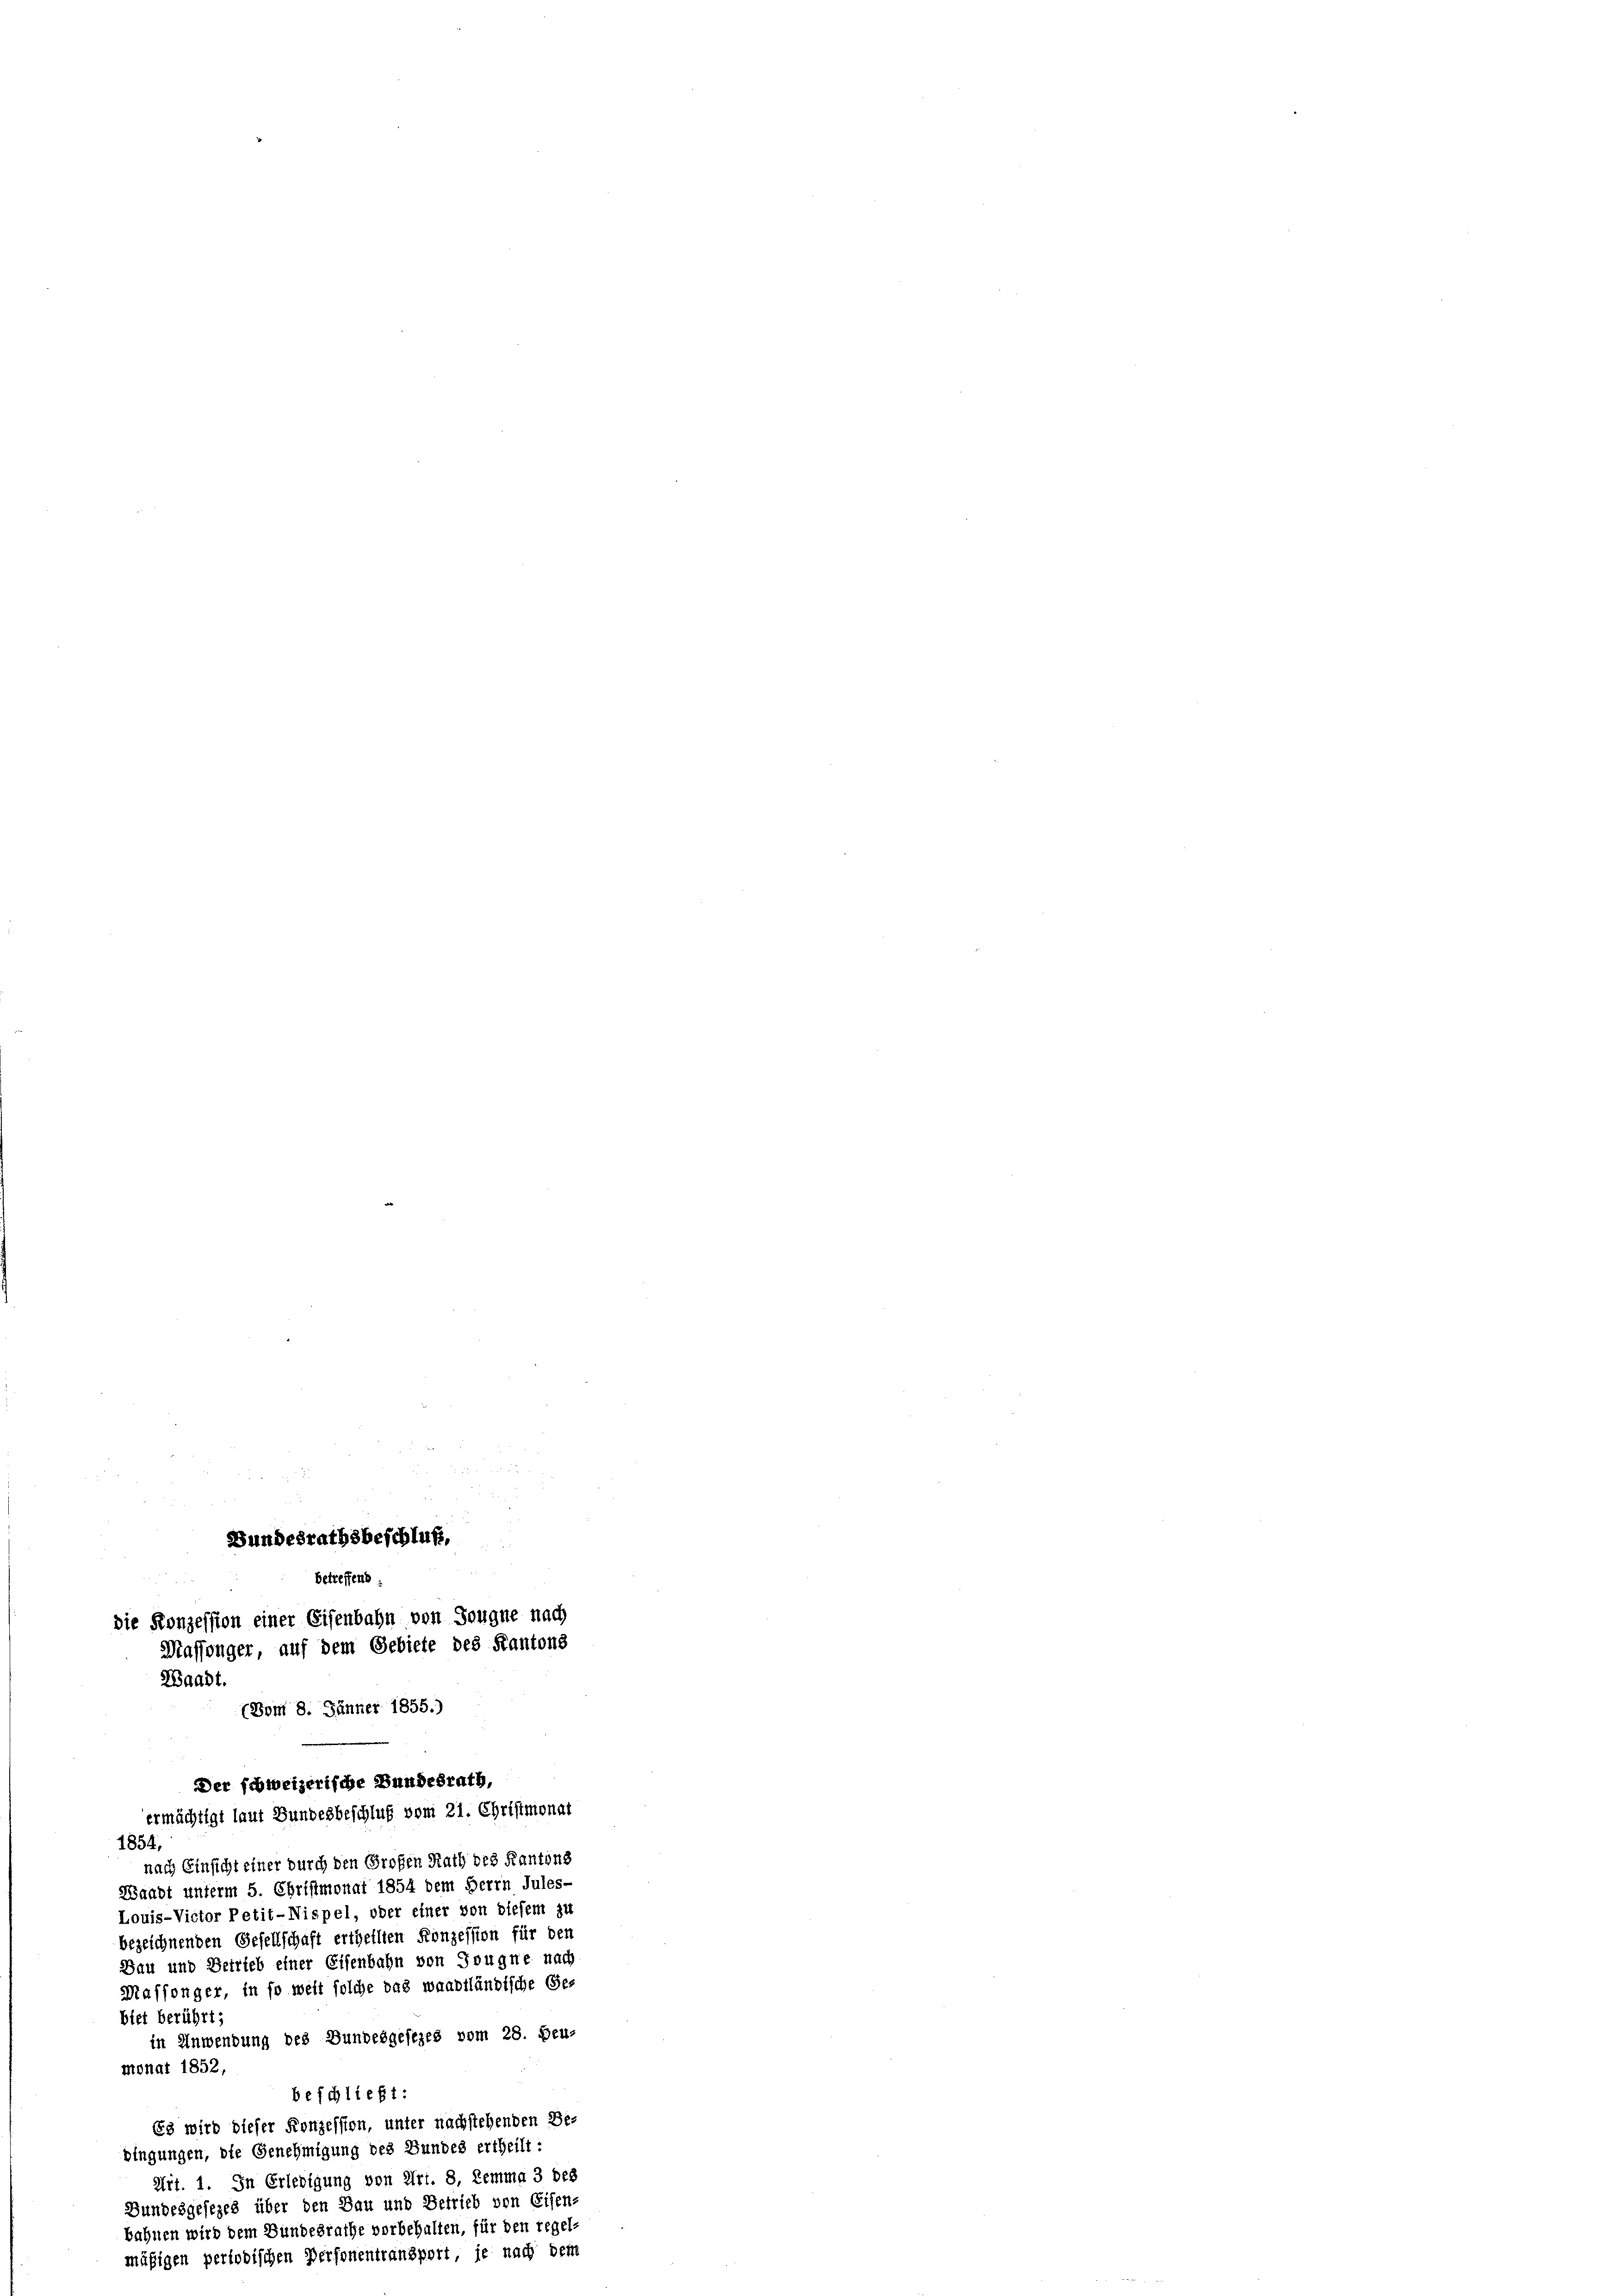
Bundesrathsbeschluß,
betreffend
die Konzession einer Eisenbahn von Sougne nach
Maffinger, auf dem Gebiete des Kantons
Waadt.
(Bom 8. Jänner 1855.)

1854,
nach Einsicht einer durch den Großen Rath des Kantons
Waadt unterm 5. Christmonat 1854 dem Herrn Jules-
Louis-Victor Petit-Nispel, oder einer von diesem zu
bezeichnenden Gesellschaft ertheilten Konzession für den
Bau und Betrieb einer Eisenbahn von Trugne nach
Maffinger, in so welt solche das waadtländische Ges
biet berührt;
in Anwendung des Bundesgesezes vom 28. Beu-
monat 1852,
beschließt:
63 wird dieser Konzession, unter nachstehenden Be-
bingungen, die Genehmigung des Bundes ertheilt:
Art. 1. In Erledigung von Art. 8. Lemma 3 des
Bundesgesezes über den Bau und Betrieb von Eisen-
bahnen wird dem Bundesrathe vorbehalten, für den regel-
mäßigen periodischen Personentransport, je nach dem

Der schweizerische Bundesrath,
ermächtigt laut Bundesbeschluß vom 21. Christmonat